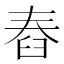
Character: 舂